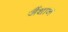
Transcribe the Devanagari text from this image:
जैंथान